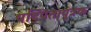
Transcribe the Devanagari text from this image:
षट्पितापुत्रक